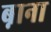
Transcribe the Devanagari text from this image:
ब़ाना